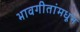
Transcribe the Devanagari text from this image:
भावगीतांमधून